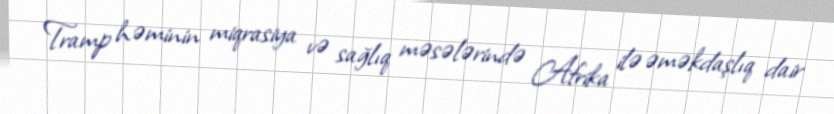
Tramp həminin miqrasiya və sağlıq məsələrində Afrika ilə əməkdaşlıq dair